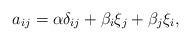
LaTeX: \begin{align*}a_{ij}=\alpha \delta _{ij}+\beta _{i}\xi _{j}+\beta _{j}\xi _{i},\end{align*}